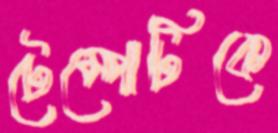
টেম্পোটিকে